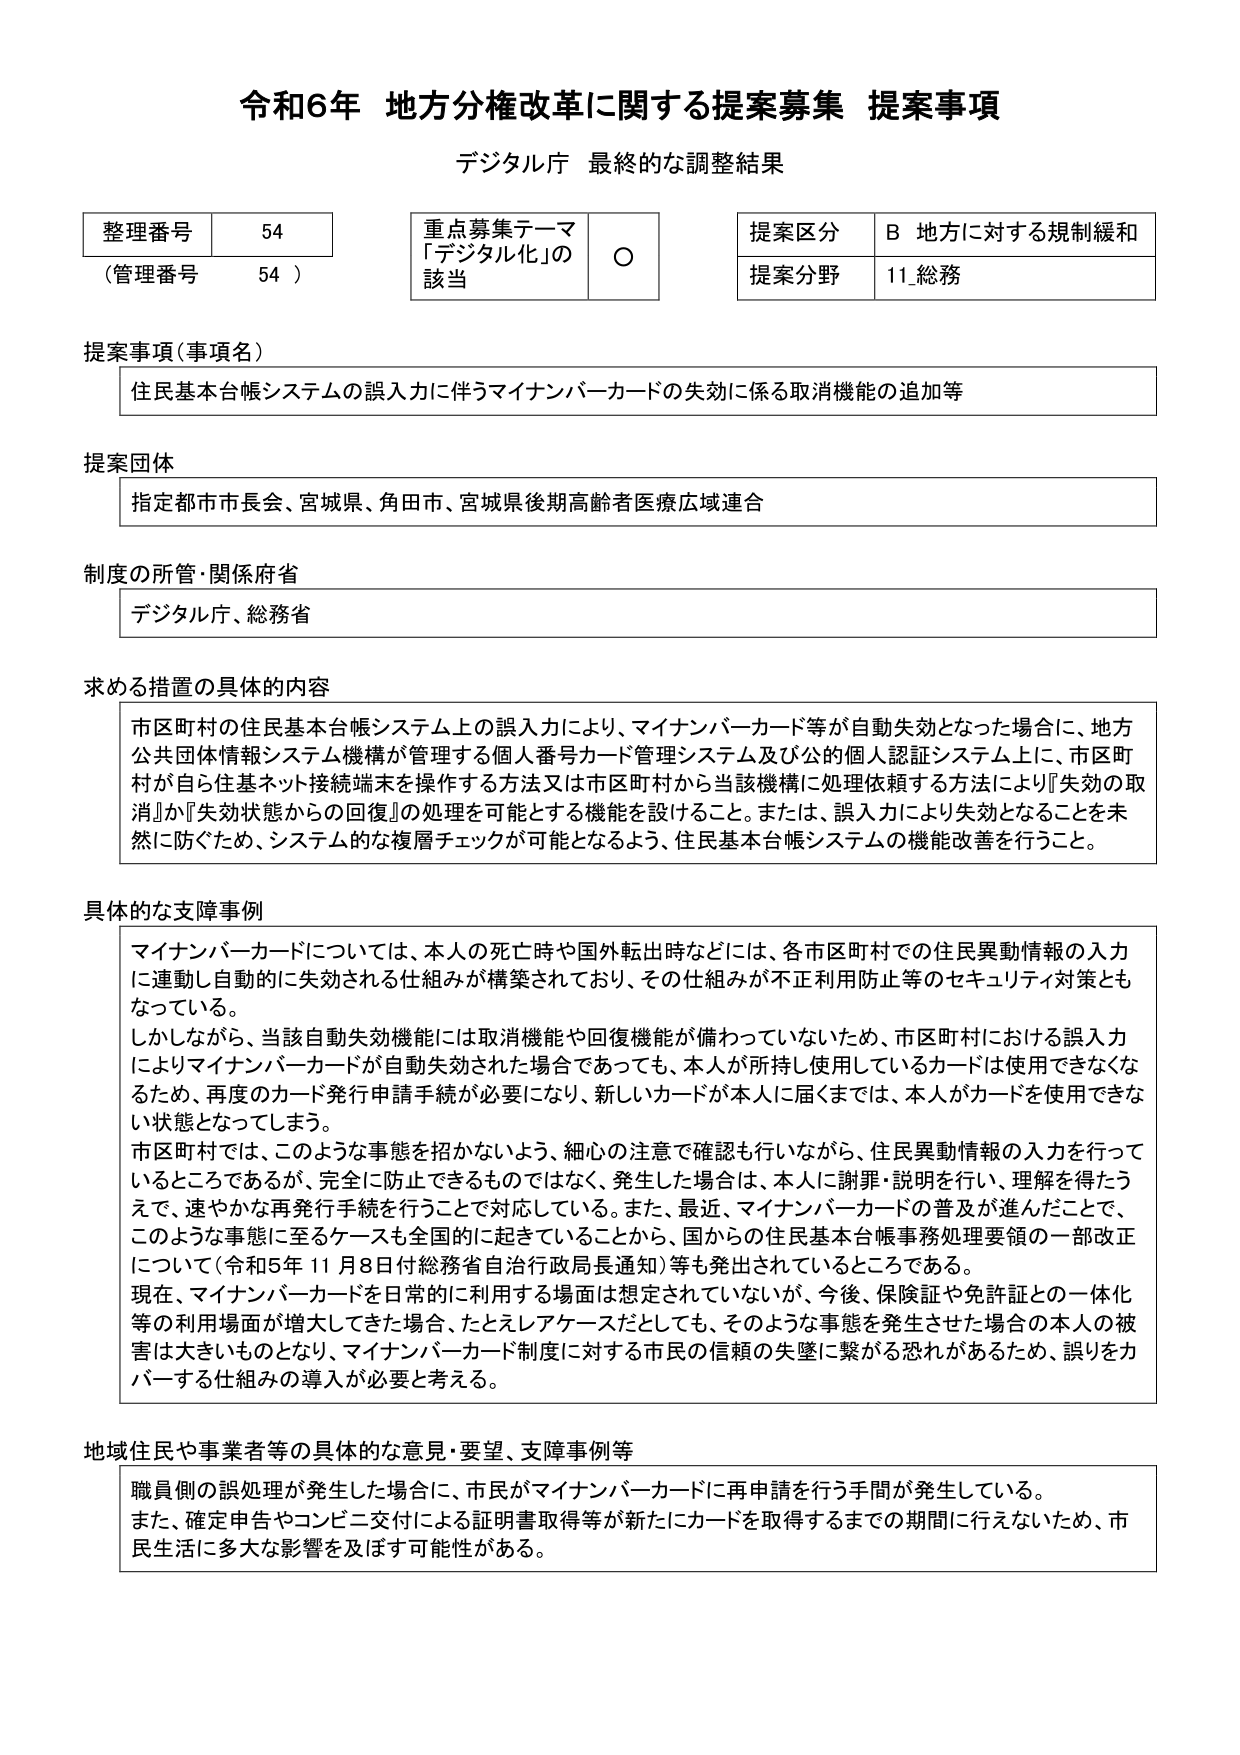
令和6年 地方分権改革に関する提案募集 提案事項
デジタル庁 最終的な調整結果

整理番号 54
（管理番号 54）

重点募集テーマ
「デジタル化」の
該当 ○

提案区分 B 地方に対する規制緩和
提案分野 11 総務

提案事項（事項名）
住民基本台帳システムの誤入力に伴うマイナンバーカードの失効に係る取消機能の追加等

提案団体
指定都市市長会、宮城県、角田市、宮城県後期高齢者医療広域連合

制度の所管・関係府省
デジタル庁、総務省

求める措置の具体的内容
市区町村の住民基本台帳システム上の誤入力により、マイナンバーカード等が自動失効となった場合に、地方公共団体情報システム機構が管理する個人番号カード管理システム及び公的個人認証システム上に、市区町村が自ら住基ネット接続端末を操作する方法又は市区町村から当該機構に処理依頼する方法により『失効の取消』か『失効状態からの回復』の処理を可能とする機能を設けること。また、誤入力により失効となることを未然に防ぐため、システム的な複層チェックが可能となるよう、住民基本台帳システムの機能改善を行うこと。

具体的な支障事例
マイナンバーカードについては、本人の死亡時や国外転出時などには、各市区町村での住民異動情報の入力に連動し自動的に失効される仕組みが構築されており、その仕組みが不正利用防止等のセキュリティ対策ともなっている。
しかしながら、当該自動失効機能には取消機能や回復機能が備わっていないため、市区町村における誤入力によりマイナンバーカードが自動失効された場合であっても、本人が所持し使用しているカードは使用できなくなるため、再度のカード発行申請手続が必要になり、新しいカードが本人に届くまでは、本人がカードを使用できない状態となってしまう。
市区町村では、このような事態を招かないよう、細心の注意で確認も行いながら、住民異動情報の入力を行っているところであるが、完全に防止できるものではない。発生した場合は、本人に謝罪・説明を行い、理解を得たうえで、速やかな再発行手続を行うことで対応している。また、最近、マイナンバーカードの普及が進んだことで、このような事態に至るケースも全国的に起きていることから、国からの住民基本台帳事務処理要領の一部改正について（令和5年11月8日付総務省自治行政局長通知）等も発出されているところである。
現在、マイナンバーカードを日常的に利用する場面は想定されていないが、今後、保険証や免許証との一体化等の利用場面が増大してきた場合、たとえレアケースだとしても、そのような事態を発生させた場合の本人の被害は大きいものとなり、マイナンバーカード制度に対する市民の信頼の失墜に繋がる恐れがあるため、誤りをカバーする仕組みの導入が必要と考える。

地域住民や事業者等の具体的な意見・要望、支障事例等
職員側の誤処理が発生した場合に、市民がマイナンバーカードに再申請を行う手間が発生している。
また、確定申告やコンビニ交付による証明書取得等が新たにカードを取得するまでの期間に行えないため、市民生活に多大な影響を及ぼす可能性がある。